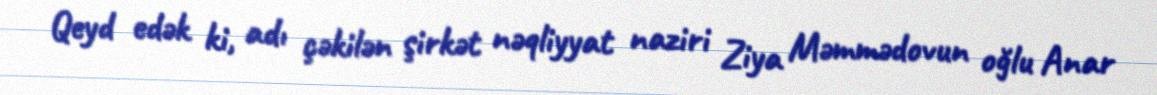
Qeyd edək ki, adı çəkilən şirkət nəqliyyat naziri Ziya Məmmədovun oğlu Anar